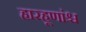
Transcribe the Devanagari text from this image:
हारहूणांश्च